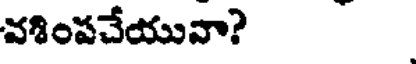
వశింపచేయువా?